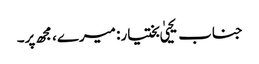
جناب یحییٰ بختیار: میرے، مجھ پر۔